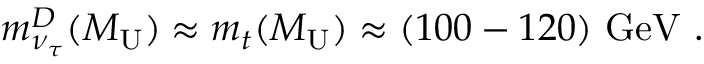
m _ { \nu _ { \tau } } ^ { D } ( M _ { \mathrm { U } } ) \approx m _ { t } ( M _ { \mathrm { U } } ) \approx ( 1 0 0 - 1 2 0 ) ~ \mathrm { G e V } ~ .